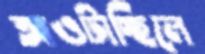
আওটাচ্ছিলে